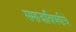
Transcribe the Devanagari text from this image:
समाजाविषयीचे